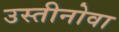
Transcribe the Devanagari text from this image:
उस्तीनोवा